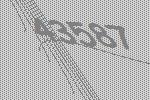
43587